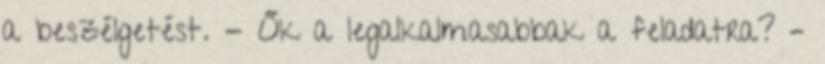
a beszélgetést. - Ők a legalkalmasabbak a feladatra? –